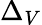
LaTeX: \Delta_{V}